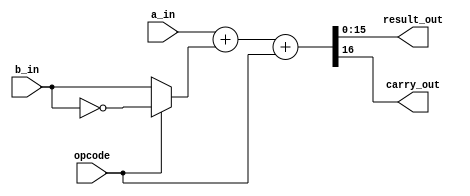
`timescale 1ns / 1ps
//////////////////////////////////////////////////////////////////////////////////
// Company: 
// Engineer: 
// 
// Design Name: 
// Module Name: lab75_add_sub_16bit_optimised
// Project Name: 
// Target Devices: 
// Tool Versions: 
// Description: 
// 
// Dependencies: 
// 
// Revision:
// Revision 0.01 - File Created
// Additional Comments:
// 
//////////////////////////////////////////////////////////////////////////////////


module lab75_add_sub_16bit_optimised #(parameter N = 16)(
                            input [N-1:0] a_in, b_in, 
                            input opcode,
                            output reg [N-1:0]result_out,
                            output reg carry_out
    );
reg [15:0]b_input;    
always @(*)
begin
    if(opcode)
       begin
            b_input = ~b_in ;
       end
    else
        begin
            b_input = b_in ;
        end
        
        
{carry_out, result_out} = a_in + b_input + opcode ;
end 
    
endmodule